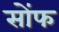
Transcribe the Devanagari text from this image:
सोंफ